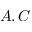
A , C